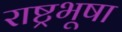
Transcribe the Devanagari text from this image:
राष्ट्रभूषा